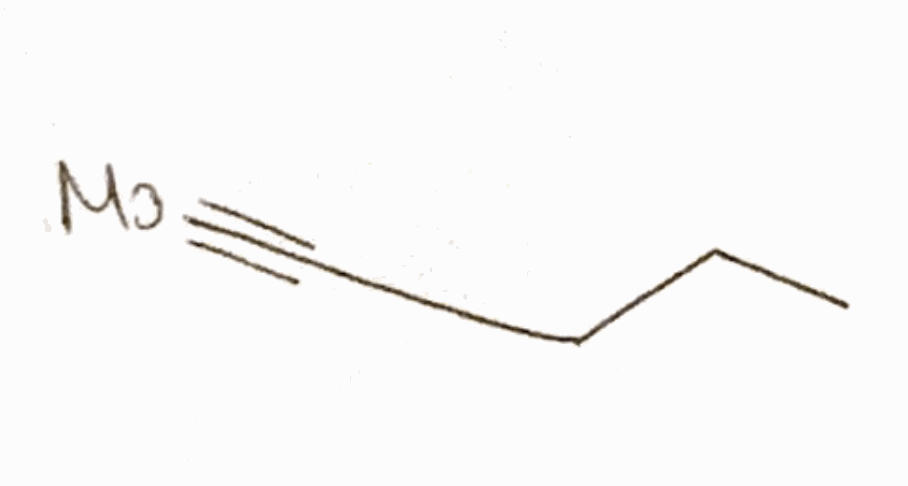
Simplified molecular-input line-entry system (SMILES) notation of the given molecule:
CCCC#[Mo]